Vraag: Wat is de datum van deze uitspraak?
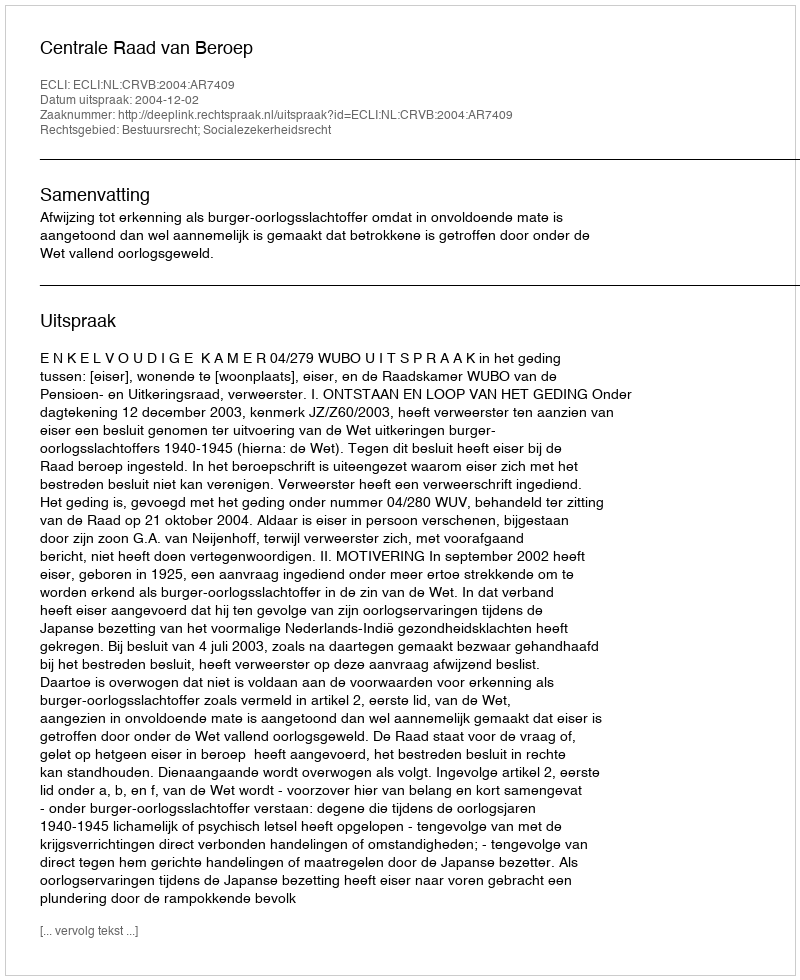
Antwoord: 2004-12-02